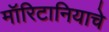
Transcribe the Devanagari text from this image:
मॉरिटानियाचे